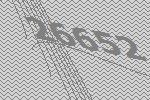
26652